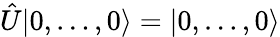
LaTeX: \hat{U}|0,\dots,0\rangle=|0,\dots,0\rangle